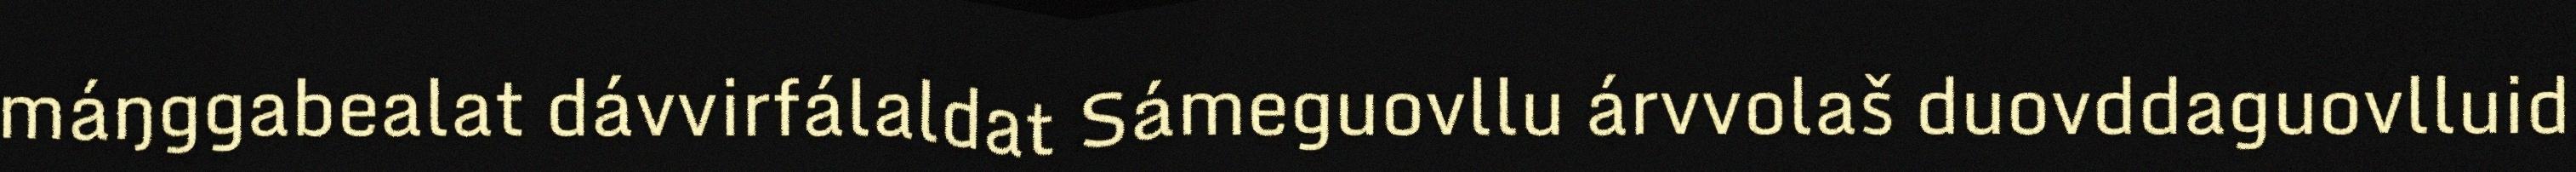
máŋggabealat dávvirfálaldat Sámeguovllu árvvolaš duovddaguovlluid